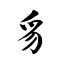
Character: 豸